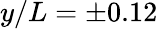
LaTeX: y/L=\pm 0.12